Indian journal of veterinary science and animal husbandry - Volume 4,
Year: 1934
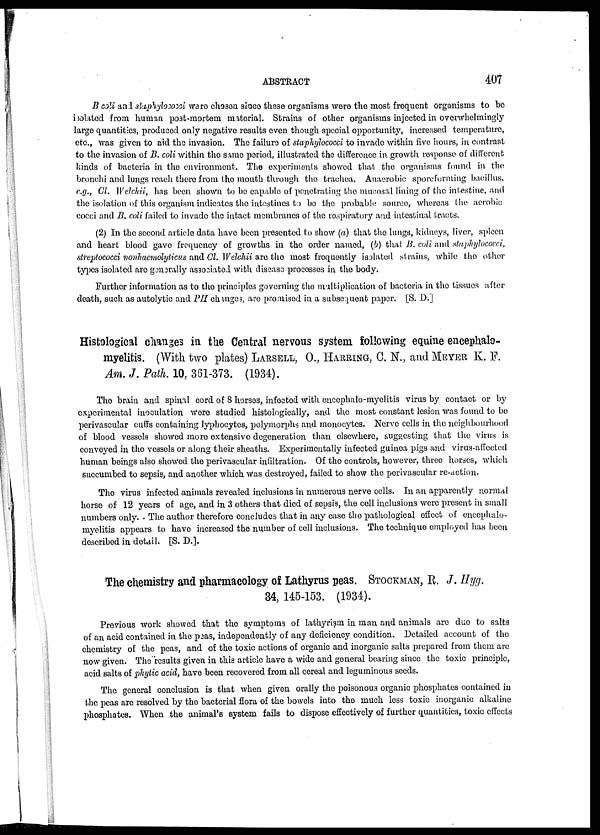
ABSTRACT
407
B coli and staphylococci were chosen since these organisms were the most frequent organisms to be
isolated from human post-mortem material. Strains of other organisms injected in overwhelmingly
large quantities, produced only negative results even though special opportunity, increased temperature,
etc., was given to aid the invasion. The failure of staphylococci to invade within five hours, in contrast
to the invasion of B. coli within the same period, illustrated the difference in growth response of different
kinds of bacteria in the environment. The experiments showed that the organisms found in the
bronchi and lungs reach there from the mouth through the trachea. Anaerobic spore forming bacillus,
e.g., Cl. Welchii, has been shown to be capable of penetrating the mucosal lining of the intestine, and
the isolation of this organism indicates the intestines to be the probable source, whereas the aerobic
cocci and B. coli failed to invade the intact membranes of the respiratory and intestinal tracts.
(2) In the second article data have been presented to show (a) that the lungs, kidneys, liver, spleen
and heart blood gave frequency of growths in the order named, (b) that B. coli and staphylococci,
streptococci nonhaemolylicus and Cl. Welchii are the most frequently isolated strains, while the other
types isolated are generally associated with disease processes in the body.
Further information as to the principles governing the multiplication of bacteria in the tissues after
death, such as autolytic and PII changes, are promised in a subsequent paper. [S. D.]
Histological changes in the Central nervous system following equine encephalo-
myelitis. (With two plates) LARSELL, O., HARRING, C. N., and MEYER K. F.
Am. J. Path. 10, 361-373. (1934).
The brain and spinal cord of 8 horses, infected with encephalo-myelitis virus by contact or by
experimental inoculation were studied histologically, and the most constant lesion was found to be
perivascular cuffs containing lyphocytes, polymorphs and monocytes. Nerve cells in the neighbourhood
of blood vessels showed more extensive degeneration than elsewhere, suggesting that the virus is
conveyed in the vessels or along their sheaths. Experimentally infected guinea pigs and virus-affected
human beings also showed the perivascular infiltration. Of the controls, however, three horses, which
succumbed to sepsis, and another which was destroyed, failed to show the perivascular re-action.
The virus infected animals revealed inclusions in numerous nerve cells. In an apparently normal
horse of 12 years of age, and in 3 others that died of sepsis, the cell inclusions were present in small
numbers only. The author therefore concludes that in any case the pathological effect of encephalo-
myelitis appears to have increased the number of cell inclusions. The technique employed has been
described in detail. [S. D.].
The chemistry and pharmacology of Lathyrus peas. STOCKMAN, R. J. Hyg.
34, 145-153. (1934).
Previous work showed that the symptoms of lathyrism in man and animals are due to salts
of an acid contained in the peas, independently of any deficiency condition. Detailed account of the
chemistry of the peas, and of the toxic actions of organic and inorganic salts prepared from them are
now given. The results given in this article have a wide and general bearing since the toxic principle,
acid salts of phytic acid, have been recovered from all cereal and leguminous seeds.
The general conclusion is that when given orally the poisonous organic phosphates contained in
the peas are resolved by the bacterial flora of the bowels into the much less toxic inorganic alkaline
phosphates. When the animal's system fails to dispose effectively of further quantities, toxic effects